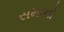
સમાનો